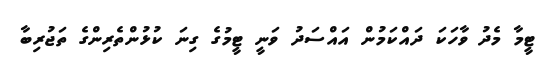
ޓީމާ މެދު ވާހަކަ ދައްކަމުން އައްސަދު ވަނީ ޓީމުގެ ގިނަ ކުޅުންތެރިންގެ ތަޖުރިބާ